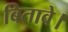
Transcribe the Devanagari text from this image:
बितावे।